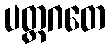
ပတ္တဂတေ